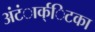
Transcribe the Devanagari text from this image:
अंंटंार्क्िटका